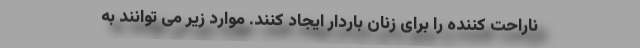
ناراحت کننده را برای زنان باردار ایجاد کنند. موارد زیر می توانند به